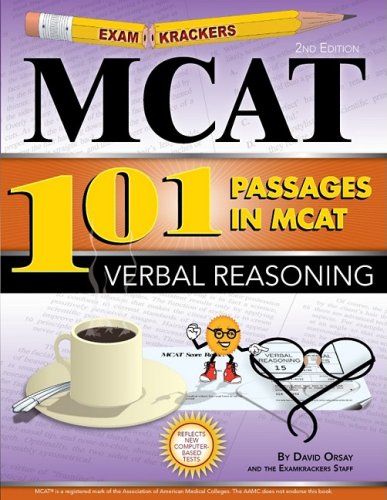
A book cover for Examkrackers 101 Passages in MCAT Verbal Reasoning; David Orsay; Test Preparation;